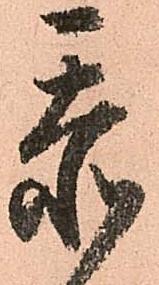
忝